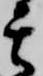
其